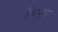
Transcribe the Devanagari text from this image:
चिनुक